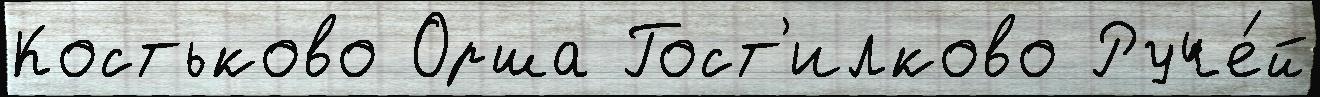
Костьково Орша Гост'илково Руче́й